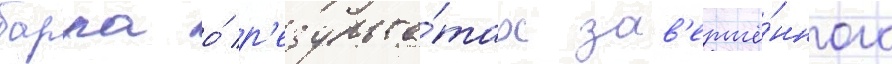
барра о́ р'езульта́тах зав'ершё́нного